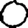
Digit: 0